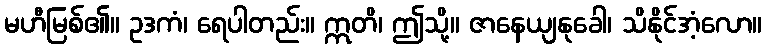
မဟီမြစ်၏။ ဥဒကံ၊ ရေပါတည်း။ ဣတိ၊ ဤသို့။ ဇာနေယျနုခေါ၊ သိနိုင်အံ့လော။